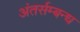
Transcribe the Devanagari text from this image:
अंतर्सम्बन्ध